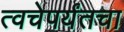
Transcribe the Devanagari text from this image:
त्वचेपर्यंतचा